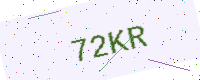
Text: 72KR